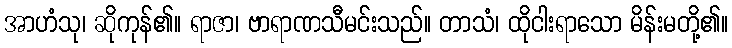
အာဟံသု၊ ဆိုကုန်၏။ ရာဇာ၊ ဗာရာဏသီမင်းသည်။ တာသံ၊ ထိုငါးရာသော မိန်းမတို့၏။